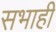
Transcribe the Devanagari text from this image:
सभाही